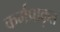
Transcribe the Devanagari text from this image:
कर्मप्राकृत